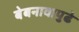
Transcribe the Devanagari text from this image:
बेबनावापुढे